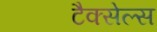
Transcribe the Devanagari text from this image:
टैक्सेल्स